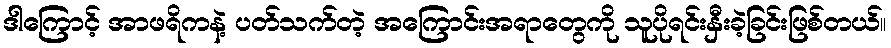
ဒါကြောင့် အာဖရိကနဲ့ ပတ်သက်တဲ့ အကြောင်းအရာတွေကို သူပိုရင်းနှီးခဲ့ခြင်းဖြစ်တယ်။